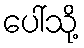
ပေါ်သို့